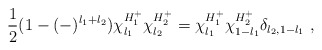
\begin{align*}\frac{1}{2} (1-(-)^{l_1+l_2})\chi^{H^+_1}_{l_1}\chi^{H^+_2}_{l_2} =\chi^{H^+_1}_{l_1} \chi^{H^+_2}_{1-l_1}\delta_{l_2,1-l_1}\ ,\end{align*}